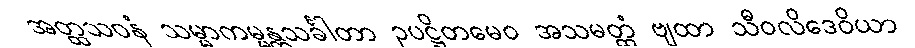
အတ္ထသဝနံ သမ္မာကမ္မန္တသင်္ခါတာ ဥပဋ္ဌိတမေဝ အသမတ္ထံ ဗျထာ သီဝလိဒေဝိယာ